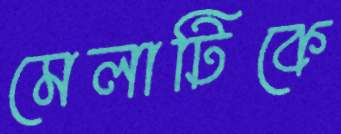
মেলাটিকে